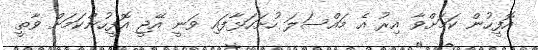
އޮފީހުން ކަމަށްވާ އިރު އެ މައްސަލަ ހުށަހަޅާފައި ވަނީ އޭޖީ އޮފީހުންކަމަށް ވާތީ